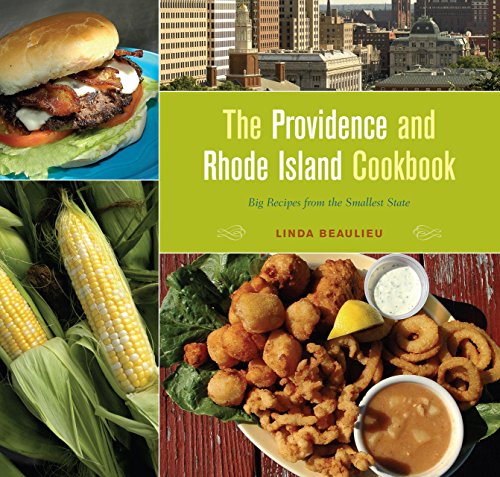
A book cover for The Providence and Rhode Island Cookbook: Big Recipes from the Smallest State; Linda Beaulieu; Cookbooks, Food & Wine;